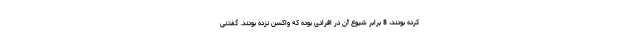
کرده بودند، 8 برابر شیوع آن در افرادی بوده که واکسن نزده بودند. گفتنی